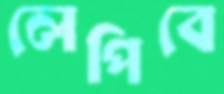
লেপিবে